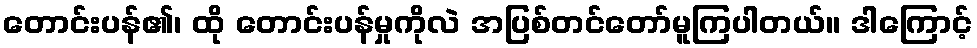
တောင်းပန်၏၊ ထို တောင်းပန်မှုကိုလဲ အပြစ်တင်တော်မူကြပါတယ်။ ဒါကြောင့်